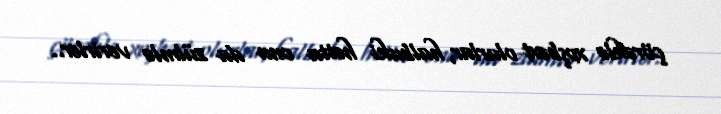
çörəklə xoşbəxt olurlar, halbuki hətta onu da zülmlə verirlər..